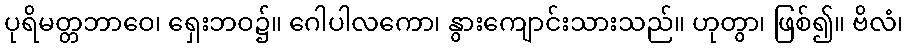
ပုရိမတ္တဘာဝေ၊ ရှေးဘဝ၌။ ဂေါပါလကော၊ နွားကျောင်းသားသည်။ ဟုတွာ၊ ဖြစ်၍။ ဗိလံ၊